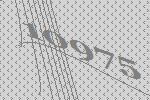
10975